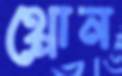
থ্রোন